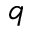
q